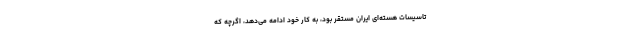
تاسیسات هسته‌ای ایران مستقر بود، به کار خود ادامه می‌دهد، اگرچه که